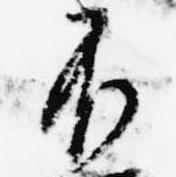
不